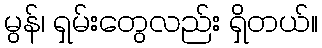
မွန်၊ ရှမ်းတွေလည်း ရှိတယ်။